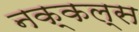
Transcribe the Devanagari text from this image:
नक्कल्स